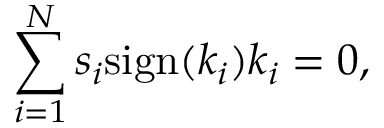
\sum _ { i = 1 } ^ { N } s _ { i } \mathrm { s i g n } ( k _ { i } ) k _ { i } = 0 ,